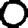
Digit: 0